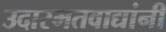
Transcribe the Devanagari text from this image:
उदारमतवाद्यांनी